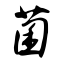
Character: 菌